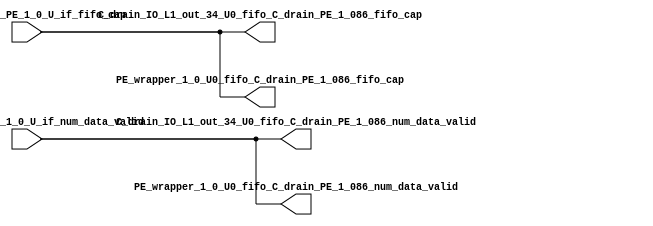
// ==================================================
// RTL generated by RapidStream
//
// Copyright 2024 RapidStream Design Automation, Inc.
// All Rights Reserved.
// ==================================================
`timescale 1 ns / 1 ps
module __rs_kernel3_aux_split_aux_69 #(
    parameter C_S_AXI_CONTROL_DATA_WIDTH  = 32,
    parameter C_S_AXI_CONTROL_ADDR_WIDTH  = 6,
    parameter C_S_AXI_DATA_WIDTH          = 32,
    parameter C_M_AXI_GMEM_A_ID_WIDTH     = 1,
    parameter C_M_AXI_GMEM_A_ADDR_WIDTH   = 64,
    parameter C_M_AXI_GMEM_A_DATA_WIDTH   = 512,
    parameter C_M_AXI_GMEM_A_AWUSER_WIDTH = 1,
    parameter C_M_AXI_GMEM_A_ARUSER_WIDTH = 1,
    parameter C_M_AXI_GMEM_A_WUSER_WIDTH  = 1,
    parameter C_M_AXI_GMEM_A_RUSER_WIDTH  = 1,
    parameter C_M_AXI_GMEM_A_BUSER_WIDTH  = 1,
    parameter C_M_AXI_GMEM_A_USER_VALUE   = 0,
    parameter C_M_AXI_GMEM_A_PROT_VALUE   = 0,
    parameter C_M_AXI_GMEM_A_CACHE_VALUE  = 3,
    parameter C_M_AXI_DATA_WIDTH          = 32,
    parameter C_M_AXI_GMEM_B_ID_WIDTH     = 1,
    parameter C_M_AXI_GMEM_B_ADDR_WIDTH   = 64,
    parameter C_M_AXI_GMEM_B_DATA_WIDTH   = 512,
    parameter C_M_AXI_GMEM_B_AWUSER_WIDTH = 1,
    parameter C_M_AXI_GMEM_B_ARUSER_WIDTH = 1,
    parameter C_M_AXI_GMEM_B_WUSER_WIDTH  = 1,
    parameter C_M_AXI_GMEM_B_RUSER_WIDTH  = 1,
    parameter C_M_AXI_GMEM_B_BUSER_WIDTH  = 1,
    parameter C_M_AXI_GMEM_B_USER_VALUE   = 0,
    parameter C_M_AXI_GMEM_B_PROT_VALUE   = 0,
    parameter C_M_AXI_GMEM_B_CACHE_VALUE  = 3,
    parameter C_M_AXI_GMEM_C_ID_WIDTH     = 1,
    parameter C_M_AXI_GMEM_C_ADDR_WIDTH   = 64,
    parameter C_M_AXI_GMEM_C_DATA_WIDTH   = 512,
    parameter C_M_AXI_GMEM_C_AWUSER_WIDTH = 1,
    parameter C_M_AXI_GMEM_C_ARUSER_WIDTH = 1,
    parameter C_M_AXI_GMEM_C_WUSER_WIDTH  = 1,
    parameter C_M_AXI_GMEM_C_RUSER_WIDTH  = 1,
    parameter C_M_AXI_GMEM_C_BUSER_WIDTH  = 1,
    parameter C_M_AXI_GMEM_C_USER_VALUE   = 0,
    parameter C_M_AXI_GMEM_C_PROT_VALUE   = 0,
    parameter C_M_AXI_GMEM_C_CACHE_VALUE  = 3,
    parameter C_S_AXI_CONTROL_WSTRB_WIDTH = 4,
    parameter C_S_AXI_WSTRB_WIDTH         = 4,
    parameter C_M_AXI_GMEM_A_WSTRB_WIDTH  = 64,
    parameter C_M_AXI_WSTRB_WIDTH         = 4,
    parameter C_M_AXI_GMEM_B_WSTRB_WIDTH  = 64,
    parameter C_M_AXI_GMEM_C_WSTRB_WIDTH  = 64
) (
    output wire [1:0] C_drain_IO_L1_out_34_U0_fifo_C_drain_PE_1_086_fifo_cap,
    output wire [1:0] C_drain_IO_L1_out_34_U0_fifo_C_drain_PE_1_086_num_data_valid,
    output wire [1:0] PE_wrapper_1_0_U0_fifo_C_drain_PE_1_086_fifo_cap,
    output wire [1:0] PE_wrapper_1_0_U0_fifo_C_drain_PE_1_086_num_data_valid,
    input wire  [1:0] fifo_C_drain_PE_1_0_U_if_fifo_cap,
    input wire  [1:0] fifo_C_drain_PE_1_0_U_if_num_data_valid
);
assign C_drain_IO_L1_out_34_U0_fifo_C_drain_PE_1_086_fifo_cap = fifo_C_drain_PE_1_0_U_if_fifo_cap;
assign C_drain_IO_L1_out_34_U0_fifo_C_drain_PE_1_086_num_data_valid = fifo_C_drain_PE_1_0_U_if_num_data_valid;
assign PE_wrapper_1_0_U0_fifo_C_drain_PE_1_086_fifo_cap = fifo_C_drain_PE_1_0_U_if_fifo_cap;
assign PE_wrapper_1_0_U0_fifo_C_drain_PE_1_086_num_data_valid = fifo_C_drain_PE_1_0_U_if_num_data_valid;
endmodule